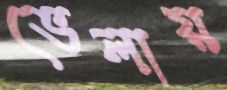
ভেলায়